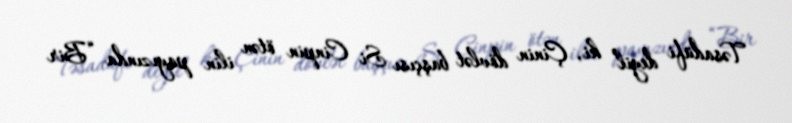
Təsadüfi deyil ki, Çinin dövlət başçısı Si Cinpin ötən ilin payızında “Bir